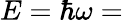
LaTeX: E=\hbar\omega=